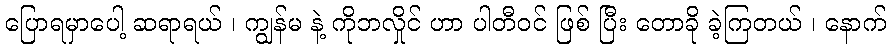
ပြောရမှာပေါ့ ဆရာရယ် ၊ ကျွန်မ နဲ့ ကိုဘလှိုင် ဟာ ပါတီဝင် ဖြစ် ပြီး တောခို ခဲ့ကြတယ် ၊ နောက်